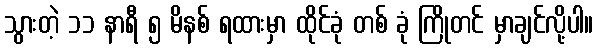
သွားတဲ့ ၁၁ နာရီ ၅ မိနစ် ရထားမှာ ထိုင်ခုံ တစ် ခုံ ကြိုတင် မှာချင်လို့ပါ။